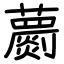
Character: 蘮